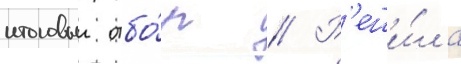
итоговыи отбо́р // Р'еши́ла